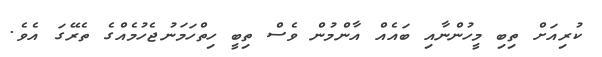
ކުރިއަށް ތިބި މީހުންނާއި ބައެއް އާންމުން ވެސް ތިބީ ހިތްހަމަނުޖެހުމެއްގެ ތެރޭގަ އެވެ.